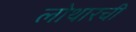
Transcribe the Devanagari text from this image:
लोथारची